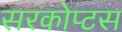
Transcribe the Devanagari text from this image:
सरकोप्टस